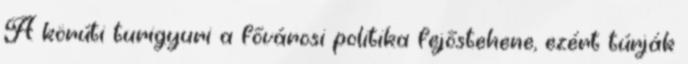
A körúti turigyuri a fővárosi politika fejőstehene, ezért túrják